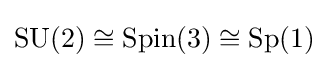
\mathrm {SU} (2)\cong \mathrm {Spin} (3)\cong \mathrm {Sp} (1)